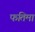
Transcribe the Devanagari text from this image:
फतिमा